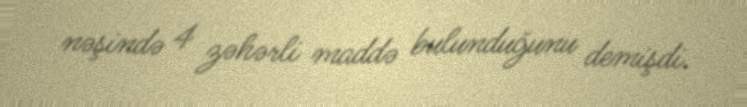
nəşində 4 zəhərli maddə bulunduğunu demişdi.